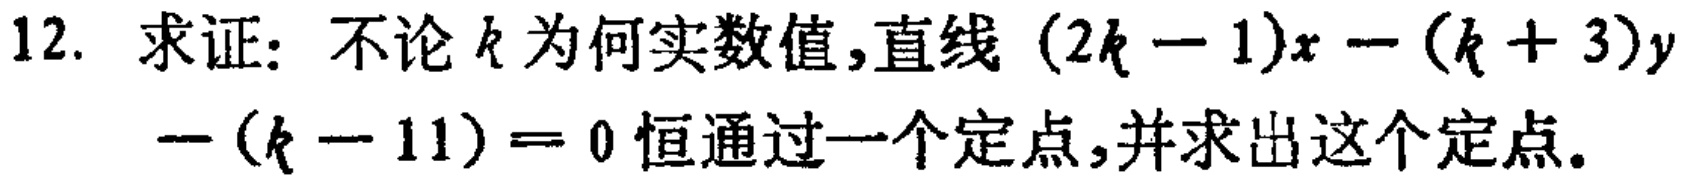
12. 求证：不论\(k\)为何实数值，直线\((2k - 1)x - (k + 3)y-(k - 11)=0\)恒通过一个定点，并求出这个定点。